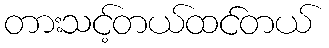
တားသင့်တယ်ထင်တယ်